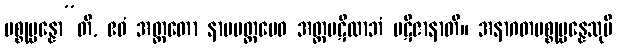
ပစ္စုပ္ပန္နော”တိ, ဧဝံ အတ္ထတော နာမမတ္တမေဝ အတ္တပဋိလာဘံ ပဋိဇာနာတိ။ အနာဂတပစ္စုပ္ပန္နေသုပိ